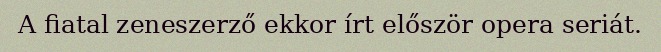
A fiatal zeneszerző ekkor írt először opera seriát.